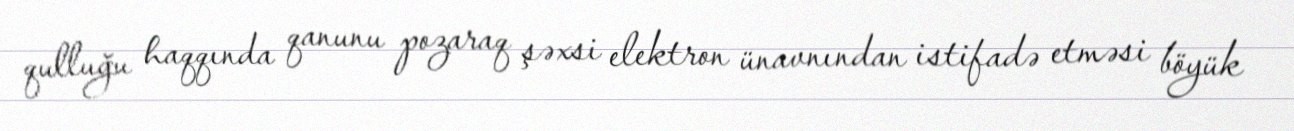
qulluğu haqqında qanunu pozaraq şəxsi elektron ünavnından istifadə etməsi böyük